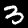
Label: 3